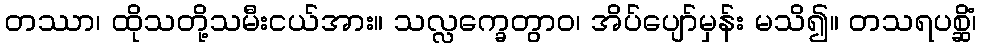
တဿာ၊ ထိုသတို့သမီးငယ်အား။ သလ္လက္ခေတွာဝ၊ အိပ်ပျော်မှန်း မသိ၍။ တသရပစ္ဆိံ၊